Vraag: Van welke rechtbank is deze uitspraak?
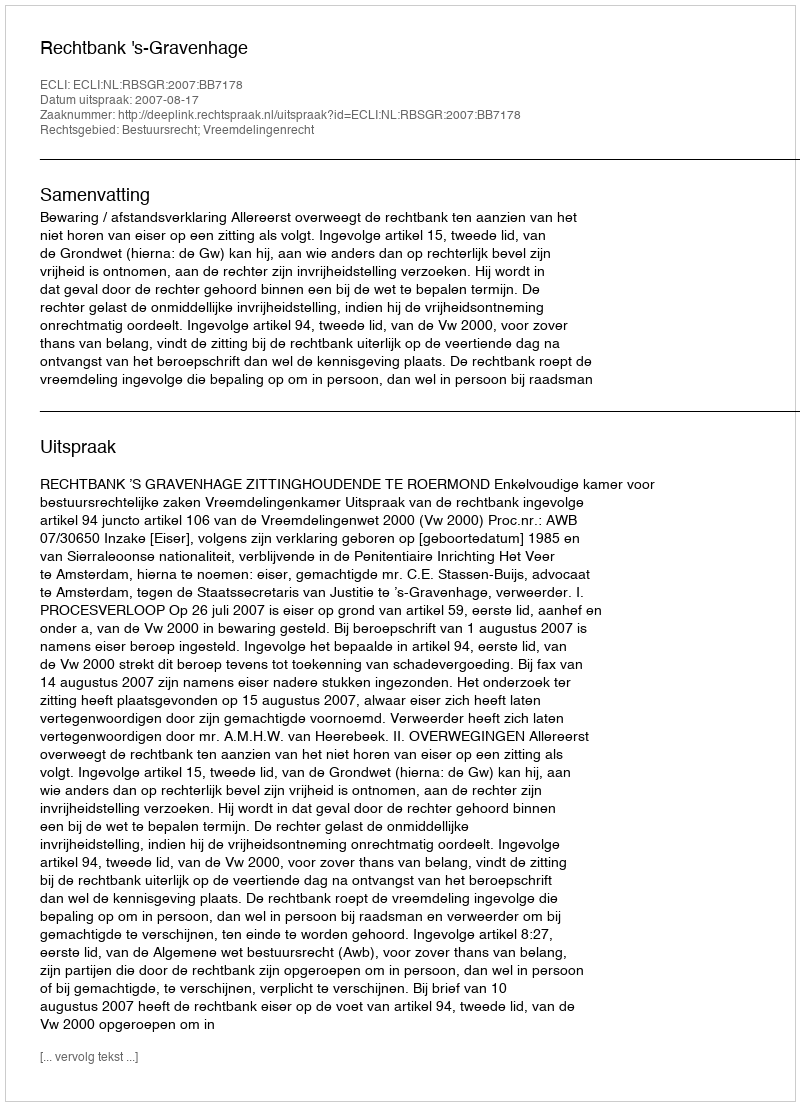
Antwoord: Rechtbank 's-Gravenhage